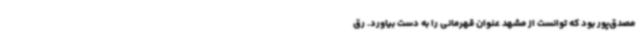
مصدق‌پور بود که توانست از مشهد عنوان قهرمانی را به دست بیاورد. رق